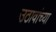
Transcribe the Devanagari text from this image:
उठावांच्या